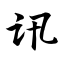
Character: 讯